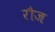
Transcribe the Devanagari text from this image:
रौज